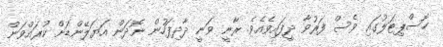
ހޮސްޕިޓަލުގައި ވެސް ފަރުވާ ދީފައިވެއެވެ. ރާނީ ވަނީ ދާދިފަހުން ނޮދަން އަޔަލޭންޑަށް ކުރައްވަން